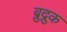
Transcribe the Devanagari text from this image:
ब्रुद्रुक